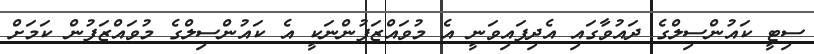
ސިޓީ ކައުންސިލްގެ ދައުވާގައި އެދިފައިވަނީ އެ މުވައްޒަފުންނަކީ އެ ކައުންސިލްގެ މުވައްޒަފުން ކަމަށް